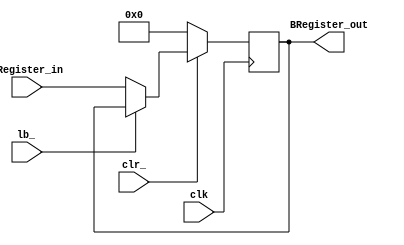
// This program was cloned from: https://github.com/lnis-uofu/OpenFPGA
// License: MIT License

module BRegister(
	output reg [7:0] BRegister_out,
	input [7:0] BRegister_in,
	input lb_,
	input clk,
	input clr_
	);

	always @(posedge clk)
		if(~clr_) BRegister_out <= 8'b0;
		else if(~lb_) BRegister_out <= BRegister_in;	

endmodule